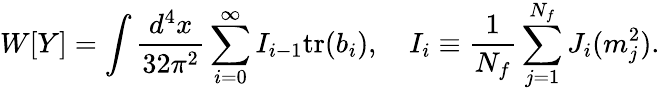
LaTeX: W[Y]=\int\frac{d^{4}x}{32\pi^{2}}\sum_{i=0}^{\infty}I_{i-1}\mathrm{tr}(b_{i}),\quad I_{i}\equiv\frac{1}{N_{f}}\sum_{j=1}^{N_{f}}J_{i}(m_{j}^{2}).